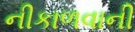
નીકાળવાની